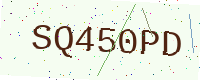
Text: SQ450PD